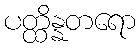
ပတ္ထိန္နတရော